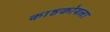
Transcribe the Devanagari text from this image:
काष्ठकोयला